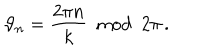
LaTeX: \vartheta _ { n } = \frac { 2 \pi n } { k } \: \bmod \: 2 \pi \, .